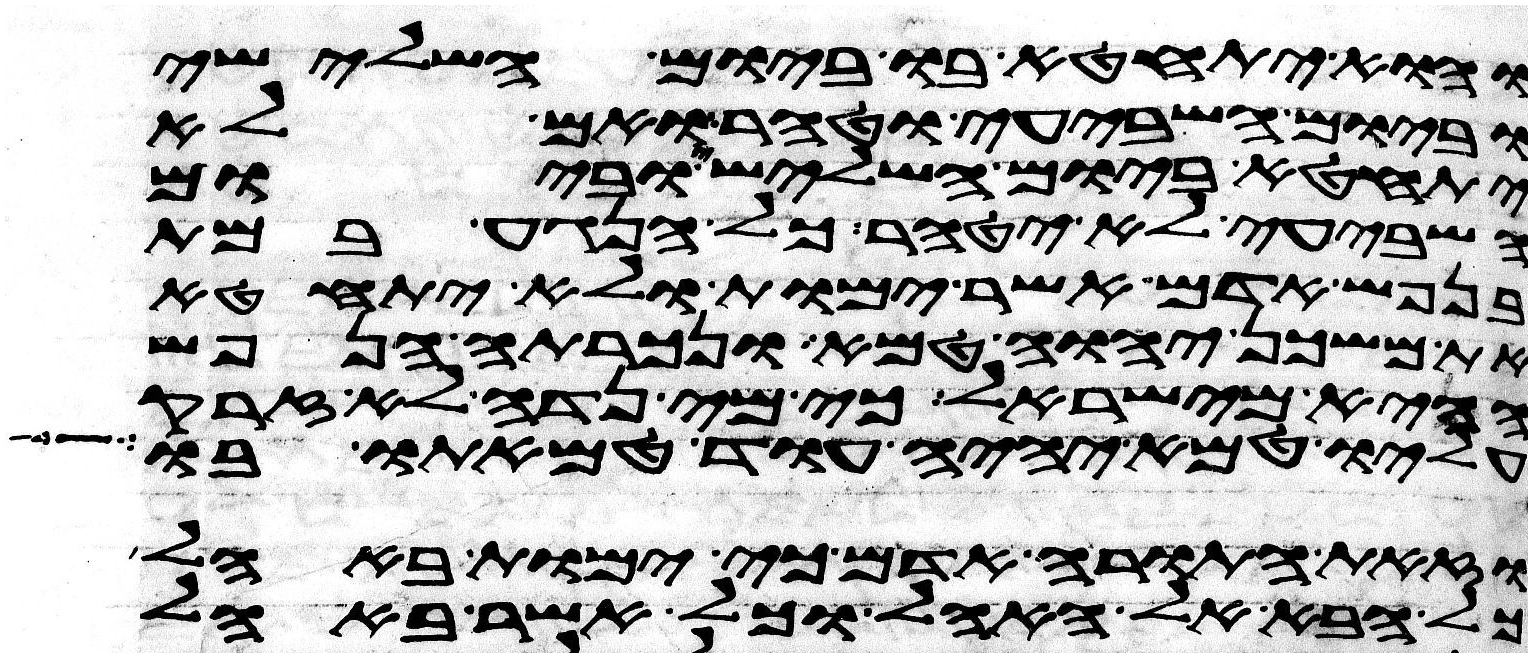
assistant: והוא יתחטא בו ביום השלישי
וביום השביעי וטהר ואם לא
יתחטא ביום השלישי וביום
השביעי לא יטהר כל הנגע במת
בנפש אדם אשר ימות ולא יתחטא
את משכן יהוה טמא ונכרתה הנפש
ההיא מישראל כי מי נדה לא זרק
עליו טמא יהיה עוד טמאתו בו
וזאת התורה אדם כי ימות באהל
כל הבא אל האהל וכל אשר באהל